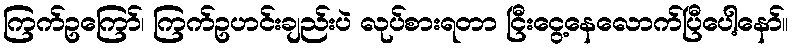
ကြက်ဥကြော်၊ ကြက်ဥဟင်းချည်းပဲ လုပ်စားရတာ ငြီးငွေ့နေလောက်ပြီပေါ့နော်။